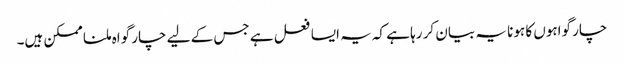
چار گواہوں کا ہونا یہ بیان کر رہا ہے کہ یہ ایسا فعل ہے جس کے لیے چار گواہ ملنا ممکن ہیں۔